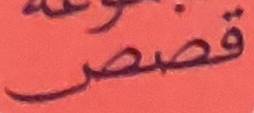
قصص